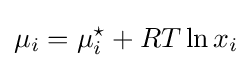
\mu _{i}=\mu _{i}^{\star }+RT\ln x_{i}